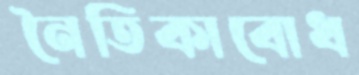
নৈতিকাবোধ